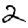
Digit: 2